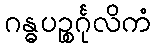
ဂန္ဓပဉ္စင်္ဂုလိကံ